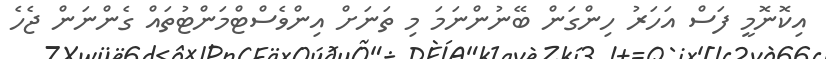
އިކޮނޮމީ ފަސް އަހަރު ހިންގަން ބޭނުންނަމަ މި ތަނަށް އިންވެސްޓްމަންޓުތައް ގެންނަން ޖެހެ